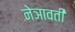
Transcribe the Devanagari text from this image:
नेञावती